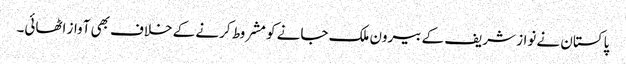
پاکستان نے نواز شریف کے بیرون ملک جانے کو مشروط کرنے کے خلاف بھی آواز اٹھائی۔